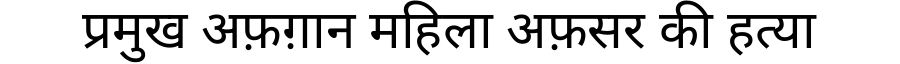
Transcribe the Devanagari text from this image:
प्रमुख अफ़ग़ान महिला अफ़सर की हत्या